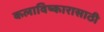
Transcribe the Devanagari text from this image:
कलाविष्कारासाठी